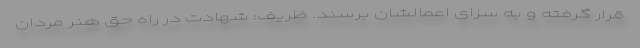
قرار گرفته و به سزای اعمالشان برسند. ظریف: شهادت در راه حق هنر مردان